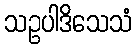
သဥပါဒိသေသံ